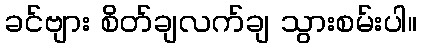
ခင်ဗျား စိတ်ချလက်ချ သွားစမ်းပါ။